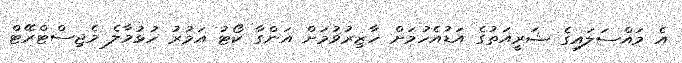
އެ މައްސަލައިގެ ޝަރީއަތުގެ އަޑުއެހުމަށް ހާޒިރުވުމަށް އަންގާ ކޯޓު އަމުރު ހުޅުމާލެ މެޖިސްޓްރޭޓް